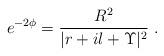
LaTeX: \begin{align*}e^{-2\phi} = \frac{R^2}{|r+il+\Upsilon|^2}\ .\end{align*}